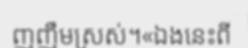
ញញឹមស្រស់។«ឯងនេះពី